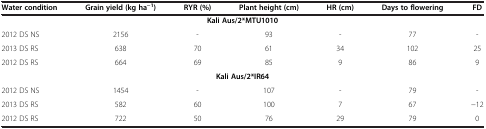
| Water condition | Grain yield (kg ha−1) | RYR (%) | Plant height (cm) | HR (cm) | Days to flowering | FD |
 | --- | --- | --- | --- | --- | --- | --- |
 | <COLSPAN=7> Kali Aus/2*MTU1010 |
 | 2012 DS NS | 2156 | - | 93 | - | 77 | - |
 | 2013 DS RS | 638 | 70 | 61 | 34 | 102 | 25 |
 | 2012 DS RS | 664 | 69 | 85 | 9 | 86 | 9 |
 | <COLSPAN=7> Kali Aus/2*IR64 |
 | 2012 DS NS | 1454 | - | 107 | - | 79 | - |
 | 2013 DS RS | 582 | 60 | 100 | 7 | 67 | −12 |
 | 2012 DS RS | 722 | 50 | 76 | 29 | 79 | 0 |